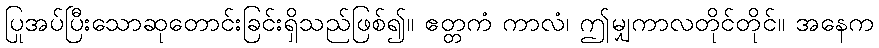
ပြုအပ်ပြီးသောဆုတောင်းခြင်းရှိသည်ဖြစ်၍။ ဧတ္တကံ ကာလံ၊ ဤမျှကာလတိုင်တိုင်။ အနေက